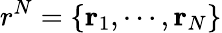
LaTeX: r^{N}=\{ \mathbf{r}_{1},\cdots,\mathbf{r}_{N}\}